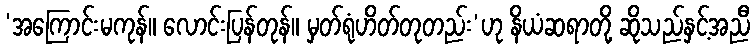
‘အကြောင်းမကုန်။ လောင်းပြန်တုန်။ မှတ်ရုံဟိတ်တုတည်း’ဟု နိယံဆရာတို့ ဆိုသည်နှင့်အညီ